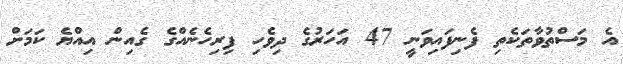
އެ މަސްތުވާތަކެތި ފެނިފައިވަނީ 47 އަހަރުގެ ދިވެހި ފިިރިހެނެއްގެ ގެއިން އިއްޔެ ކަމަށް